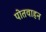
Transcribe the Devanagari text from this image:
पोतवाहन